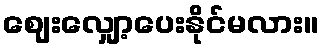
ဈေးလျှော့ပေးနိုင်မလား။